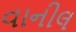
વાનીલ